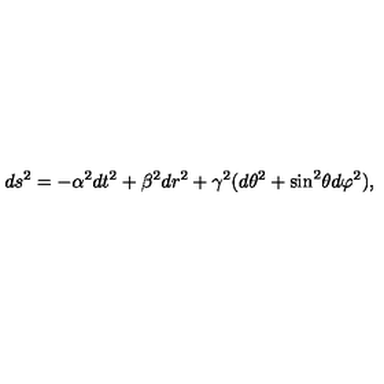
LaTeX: d s ^ { 2 } = - \alpha ^ { 2 } d t ^ { 2 } + \beta ^ { 2 } d r ^ { 2 } + \gamma ^ { 2 } ( d \theta ^ { 2 } + \sin ^ { 2 } \! \theta d \varphi ^ { 2 } ) ,